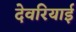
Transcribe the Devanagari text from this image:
देवरियाई